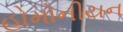
હોમોનીયન